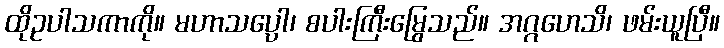
ထိုဥပါသကာကို။ မဟာသပ္ပေါ၊ စပါးကြီးမြွေသည်။ အဂ္ဂဟေသိ၊ ဖမ်းယူပြီ။